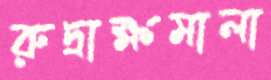
রুদ্রাক্ষমালা